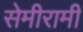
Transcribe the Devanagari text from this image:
सेमीरामी